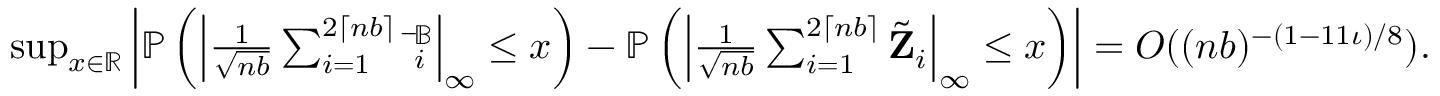
\begin{array} { r } { \operatorname* { s u p } _ { x \in \mathbb { R } } \left| \mathbb { P } \left( \left| \frac { 1 } { \sqrt { n b } } \sum _ { i = 1 } ^ { 2 \lceil n b \rceil } \bar { \mathbf \Xi } _ { i } ^ { \mathbb { B } } \right| _ { \infty } \leq x \right) - \mathbb { P } \left( \left| \frac { 1 } { \sqrt { n b } } \sum _ { i = 1 } ^ { 2 \lceil n b \rceil } \tilde { \mathbf Z } _ { i } \right| _ { \infty } \leq x \right) \right| = O ( ( n b ) ^ { - ( 1 - 1 1 \iota ) / 8 } ) . } \end{array}